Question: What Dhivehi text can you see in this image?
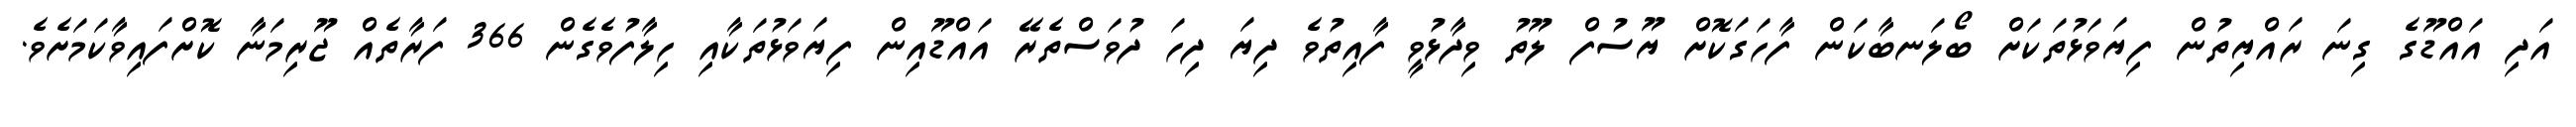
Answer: އަދި އައްޑޫގެ ގިނަ ރައްޔިތުން ފިޔަވަޅުތަކަށް ބޯލަނބާކަން ފާހަގަކޮށް ޔޫސުފް ލޫތު ވިދާޅުވީ ފާއިތުވެ ދިޔަ ދިހަ ދުވަސްތެރޭ އައްޑޫއިން ފިޔަވަޅުތަކާއި ހިލާފުވެގެން 366 ފަރާތެއް ޖޫރިމަނާ ކޮށްފައިވާކަމަށެވެ.